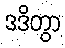
ဒဒိတွာ